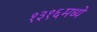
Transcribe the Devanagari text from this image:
१३१६मध्ये